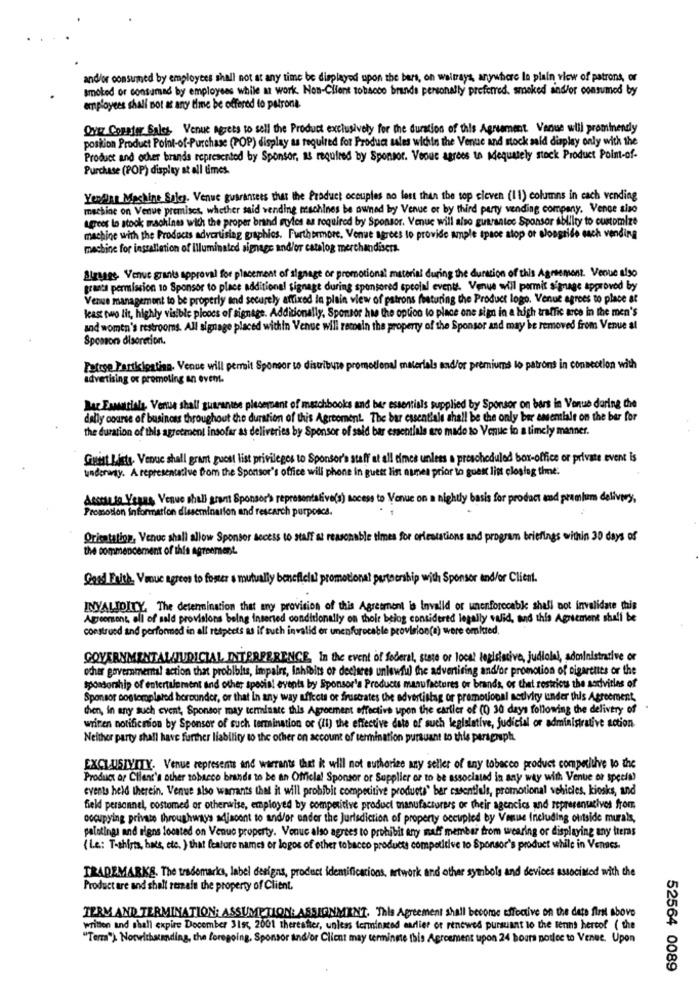
and/or consumed by employees shall not at any time be displayed upon the bars, on weltrays, anywhere la plain view of patrons, or
smoked or consumed by employees while at work. Non-Client tobacco brands personally preferred. smoked and/or consumed by
employees shall not at any time be offered to patrona
Over Copster Gales Venue Agrees to sell the Product exclusively for the duration of this Agreement Venue will prominendy
postion Product Point-of-Purchase (POP) display as required for Product sales wichin the Venue and stock said display only with the
Product and other brands represented by Sponsor, as required by Sponsor. Veoue agrees to adequately stock Product Polm-of-
Purchase (POP) display at all times.
Yendan Machine Sales. Venue guarantees that the Product ocouples no lest than the top cleven (11) columns in cach vending
machine on Venue premises, whether said vending machines be owned by Venue or by third party vending company. Vence siso
agrees lo stock machines with the proper brand styles as required by Sponsor. Venue will also guarantee Sponsor Ability to customize
machine with the Products advertising graphics. Furthermore, Venue agrees to provide ample space stop or songride euch vending
machine for installation of Illuminated signage and/or catalog merchandisers.
Alzanes Venue grants approval for placement of signage or promotional material during the duration of this Agreement. Venue also
grants permission 10 Sponsor to place additional signage during sponsored special events. Venue will pormit signage approved by
Venue management to be properly and securely affixed in plain view of patrons featuring the Product logo. Venue agrees to place at
least two lit, highly visible ploocs of signage. Additionally, Sponsor has the option to place one sign in a high traffic arce in the men's
and women's restrooms. All signage placed within Venue will remain the property of the Sponsor and may be removed from Venue al
Spomon disoretion.
Petrge Participating. Venue will permit Sponsor to distribute promotional materials and/or premiums lo patrons in connection with
advertising or promoting an event.
Rar Esmariala Venue shall guarantee pleserpent of matchbooks and ber essentials supplied by Sponsor on bars in Venue during the
dally course of business throughout the duration of this Agreement The bar essentials shall be the only ber emsemtiale on the bar for
the duration of this agreement insofar as deliveries by Sponsor of said bar essentials are made to Venue lo a timely manner.
Guest Liste- Venue shall grant guest list privileges to Sponsor's staff at all times unless a prescheduled box-office or private event is
underway. A representative from the Sponsor's office will phone in guest list nunes prior to guest list closlag time:
deserto Years Venue shall grant Sponsor's representative(s) access to Venue on a nightly basis for product and premium delivery,
Promotion Information dissemination and rescarch purposes.
Orientation, Venuc shall allow Sponsor secess to staff at reasonable times for orientations and program briefings within 30 days of
the commencement of this agreement.
Good Faith Venue agrees to foster a mutualy beneficial promotional partnership with Sponsor and/or Client.
INVALIDITY. The determination that any provision of this Agreement is Invalid or unenforceable shall not invalidate this
Aigreersont, all of sald provisions being inserted conditionally on thoir belog considered legally valid, and this Agreement shall be
construed and performed in all respects as if such invalid or unenforocable provision(a) were omlared,
GOVERNMENTAL/JUDICIAL INTERFERENCE, In the event of federal, state or local legislative, judiolal, administrative or
ocher governmental action that problbits, impairs, inhibits or declares unlawful the advertising andfor promotion of cigarettes or the
sponsorship of entertalement and other special events by Sponsor's Products manufactures or brands, or thet restricts the sadvitles of
Sponsor postomplated hereunder, or that In any way affects or frustrates the advertising or promotional setlyity under this Agreement,
chien, in any such event, Sponsor may terminate this Agreement effective upon the cartier of (0) 30 days following the delivery of
wriren notification by Sponsor of such termination or (II) the effective date of such legislative, judicial or administrative action
Neither party shall have further liability to the other on account of termination pursuant to this paragraph
EXCLUSIVITY. Venue represents and warrants that it will not authorize any seller of any tobacco product competitive to the
Product or Client's other zobacco brands to be an Official Sponsor or Supplier or to be associated in any way with Venue or speelt)
events held therein. Venue also warrants that it will prohibit competitive products" bar essentiels, promotional vehicles, kiosks, and
field personnel, costomed or otherwise, employed by competitive product manufacturers or their agencies and representatives from
occupying privato throughways adjacent to and/or ender the Jurisdiction of property occupied by Venue Including outside murals,
palotings and signs located on Venue property. Venue also agrees to prohibit any maff member from wearing or displaying any tteras
( Le: T-shirts, hats, etc. ) that feature names or logos of other tobacco products competitive to Sponsor's product while in Venues.
TRADEMARKS. The trademarks, label designs, product identifications, artwork and other symbols and devices associated with the
Product are and shall remain the property of Client.
TERM AND TERMINATION: ASSUMPTION: ASSIGNMENT. This Agreement shall become effective on the date first above
written and shall expire December 31st, 2001 therestier, unless terminated earlier or renewed pursuant to the tenns hercof ( the
"Terra") Notwitharanding, the foregoing, Sponsor and/or Client may terminate this Agreement upon 24 hours notice to Venue. Upon
52564 0089